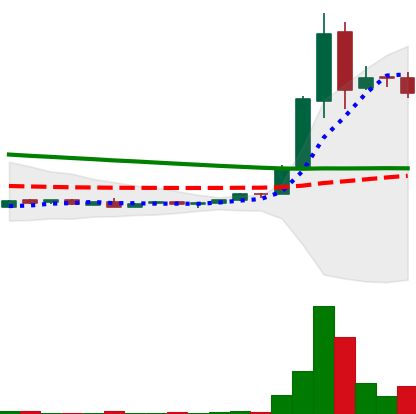
Ticker: DOGE-USD
Chart end date: 2018-09-05
Forward return: 39.769%
Label: up_7plus